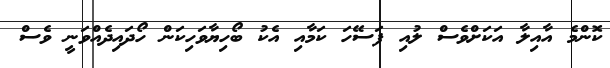
ކޮންމެ އާއިލާ އަަކަށްވެސް ލުއި ފަސޭހަ ކަމާއި އެކު ބޯހިޔާވަހިކަން ހޯދައިދެއްވަނީ ވެސް